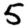
Digit: 5